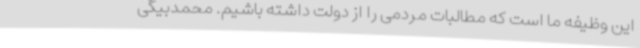
این وظیفه ما است که مطالبات مردمی را از دولت داشته باشیم. محمدبیگی